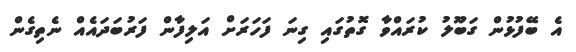
އެ ބޭފުޅުން ގަބޫލު ކުރައްވާ ގޮތުގައި ގިނަ ފަހަރަށް އަލިފާން ފަރުބަދައެއް ނެތިގެން